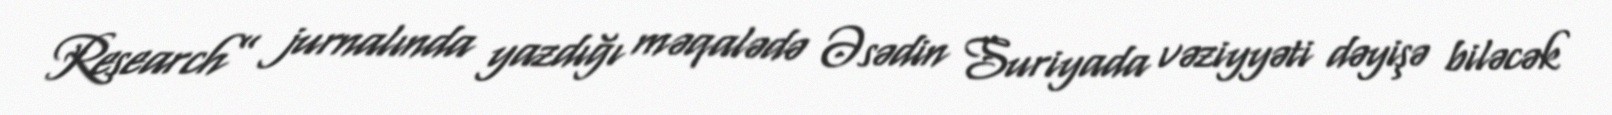
Research” jurnalında yazdığı məqalədə Əsədin Suriyada vəziyyəti dəyişə biləcək